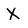
Character: X